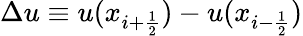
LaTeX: \Delta u\equiv u(x_{i+\frac{1}{2}})-u(x_{i-\frac{1}{2}})